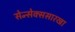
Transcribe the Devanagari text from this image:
सेन्सेक्ससारखा